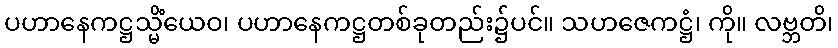
ပဟာနေကဋ္ဌသ္မိံယေဝ၊ ပဟာနေကဋ္ဌတစ်ခုတည်း၌ပင်။ သဟဇေကဋ္ဌံ၊ ကို။ လဗ္ဘတိ၊